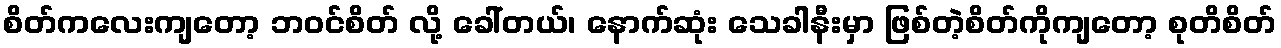
စိတ်ကလေးကျတော့ ဘဝင်စိတ် လို့ ခေါ်တယ်၊ နောက်ဆုံး သေခါနီးမှာ ဖြစ်တဲ့စိတ်ကိုကျတော့ စုတိစိတ်